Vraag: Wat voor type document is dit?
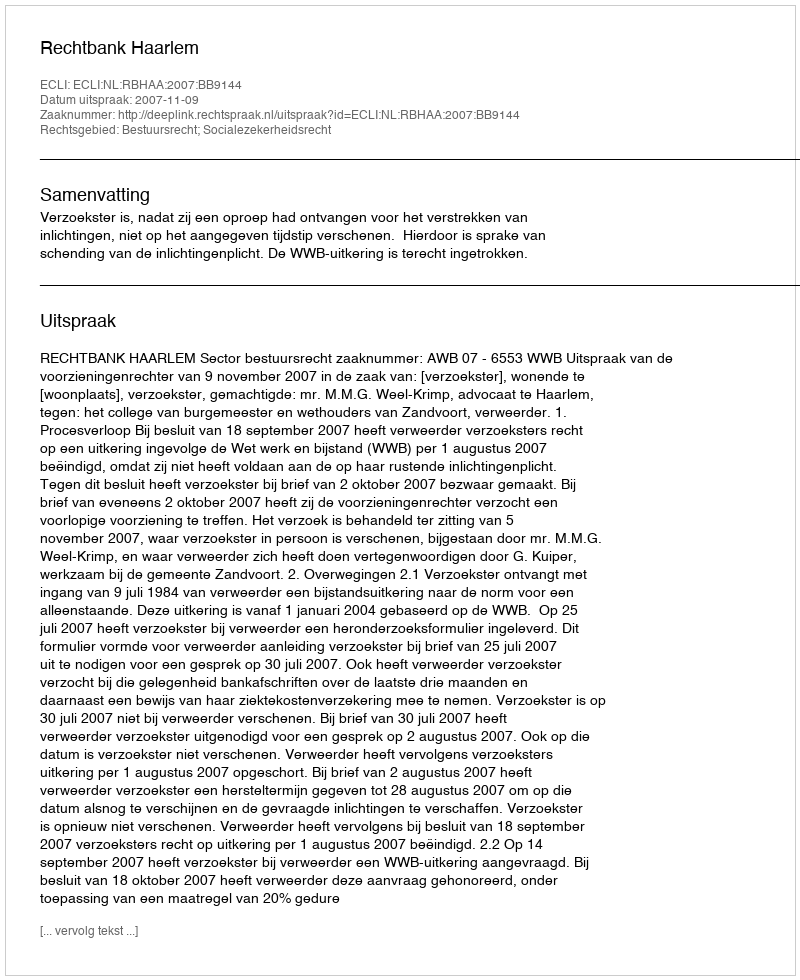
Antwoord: Uitspraak